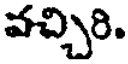
వచ్చిరి.